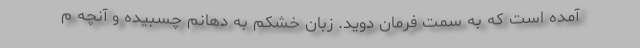
آمده است که به سمت فرمان دوید. زبان خشکم به دهانم چسبیده و آنچه م